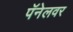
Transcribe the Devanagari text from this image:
पॅनेलवर